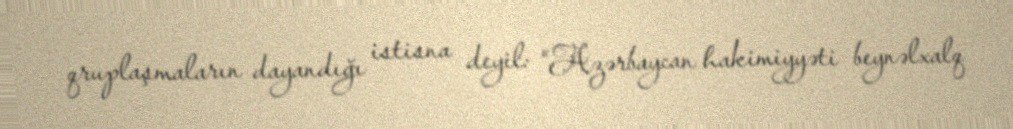
qruplaşmaların dayandığı istisna deyil: “Azərbaycan hakimiyyəti beynəlxalq